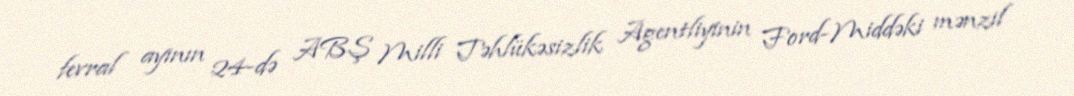
fevral ayının 24-də ABŞ Milli Təhlükəsizlik Agentliyinin Ford-Middəki mənzil